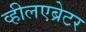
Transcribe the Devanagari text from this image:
व्हीलएब्रेटर